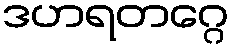
ဒဟရတဂ္ဂေ